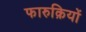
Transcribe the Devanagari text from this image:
फारुक़ियों